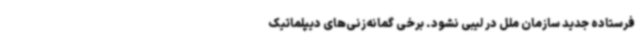
فرستاده جدید سازمان ملل در لیبی نشود. برخی گمانه‌زنی‌های دیپلماتیک